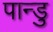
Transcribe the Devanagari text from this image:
पान्डु